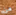
من